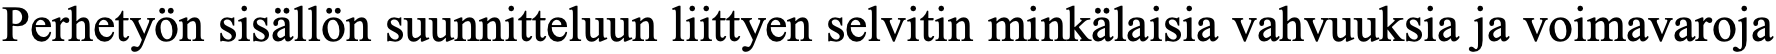
Perhetyön sisällön suunnitteluun liittyen selvitin minkälaisia vahvuuksia ja voimavaroja